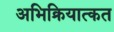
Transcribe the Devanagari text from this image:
अभिक्रियात्कत